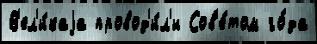
В'ел'и́каjа провод'и́л'и Сов'е́том го́да